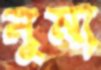
নুমা